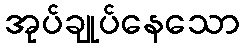
အုပ်ချုပ်နေသော